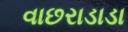
વાછરાડાડા